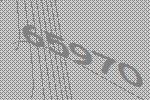
65970